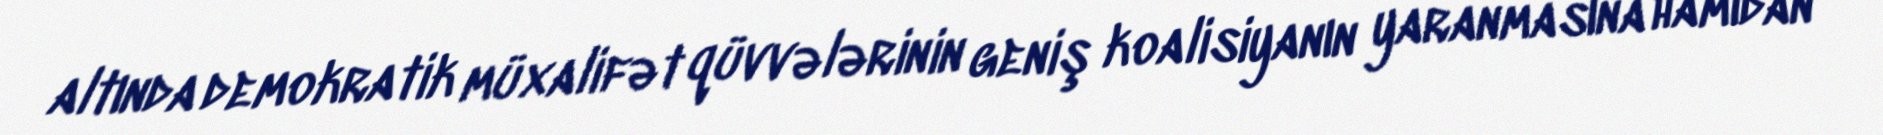
altında demokratik müxalifət qüvvələrinin geniş koalisiyanın yaranmasına hamıdan